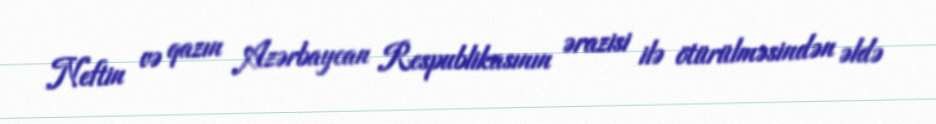
Neftin və qazın Azərbaycan Respublikasının ərazisi ilə ötürülməsindən əldə